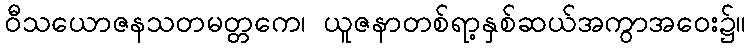
ဝီသယောဇနသတမတ္တကေ၊ ယူဇနာတစ်ရာ့နှစ်ဆယ်အကွာအဝေး၌။